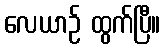
လေယာဉ် ထွက်ပြီ။